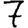
Digit: 7